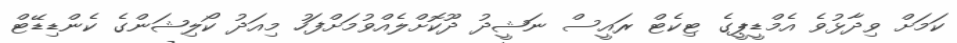
ކަމަށް ވިދާޅުވެ އެމްޑީޕީގެ ޓިކެޓް ރައީސް ނަޝީދު ދޫކޮށްލެއްވުމަށްފަހު މިއަދު ކޯލިޝަންގެ ކެންޑިޑޭޓް